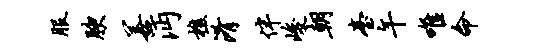
服腴善沔樵淆伴峻朝台午唯命